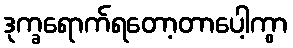
ဒုက္ခရောက်ရတော့တာပေါ့ကွာ